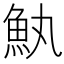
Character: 𮫰